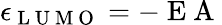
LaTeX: \epsilon_{\mathrm{~L~U~M~O~}}=-\mathrm{~E~A~}